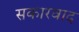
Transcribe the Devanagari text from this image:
सकारवाद